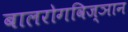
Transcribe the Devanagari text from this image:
बालरोगविज्ञान